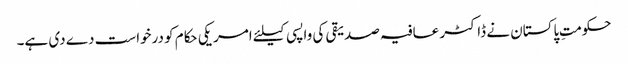
حکومتِ پاکستان نے ڈاکٹر عافیہ صدیقی کی واپسی کیلئے امریکی حکام کو درخواست دے دی ہے۔